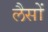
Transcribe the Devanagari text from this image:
लैसों